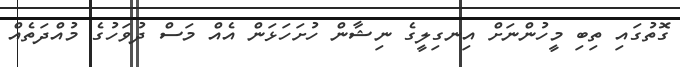
ގޮތުގައި ތިބި މީހުންނަށް އިނގިލީގެ ނިޝާން ހުށަހަޅަން އެއް މަސް ދުވަހުގެ މުއްދަތެއް